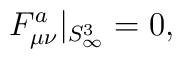
F^{a}_{\mu \nu} |_{S^3_{\infty}} = 0,